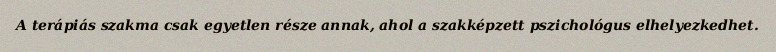
A terápiás szakma csak egyetlen része annak, ahol a szakképzett pszichológus elhelyezkedhet.